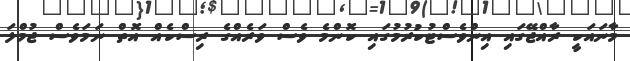
މާނައަކީ ރާއްޖޭގައި އިންވެސްޓުކުރުމުގައި ކޮންމެ ވެސް ވަރެއްގެ ރިސްކެއް އޮތް ނަމަވެސް ޖުމްލަ